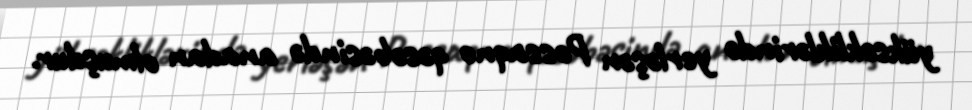
yüksəkliklərində yerləşən Possaqno qəsəbəsində anadan olmuşdur.